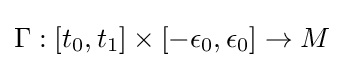
\Gamma :[t_{0},t_{1}]\times [-\epsilon _{0},\epsilon _{0}]\to M